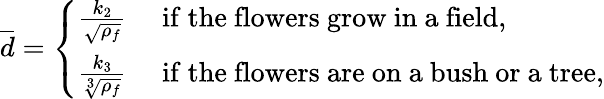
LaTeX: \overline{{d}}=\left\lbrace\begin{array}{ll}{\frac{k_{2}}{\sqrt{\rho_{f}}}}&{\mathrm{~if~the~flowers~grow~in~a~field,}}\\ {\frac{k_{3}}{\sqrt[3]{\rho_{f}}}}&{\mathrm{~if~the~flowers~are~on~a~bush~or~a~tree,}}\end{array}\right.